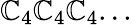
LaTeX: \mathbb{C}_{4}\mathbb{C}_{4}\mathbb{C}_{4}...